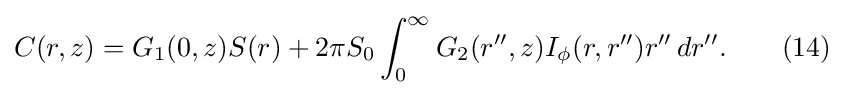
C(r,z)=G_{1}(0,z)S(r)+2\pi S_{0}\int _{0}^{\infty }G_{2}(r'',z)I_{\phi }(r,r'')r''\,dr''.\qquad (14)